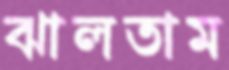
ঝালতাম